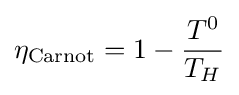
\eta _{\mathrm {Carnot} }=1-{\frac {T^{0}}{T_{H}}}